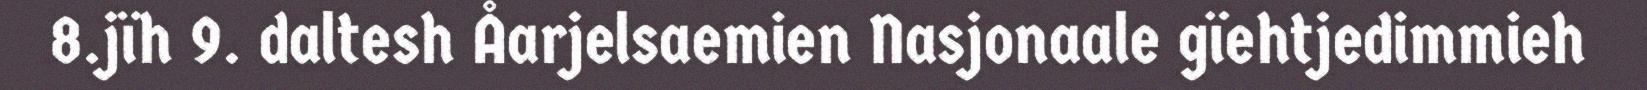
8.jïh 9. daltesh Åarjelsaemien Nasjonaale gïehtjedimmieh